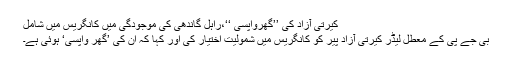
کیرتی آزاد کی ’’گھرواپسی ‘‘،راہل گاندھی کی موجودگی میں کانگریس میں شامل
بی جے پی کے معطل لیڈر کیرتی آزاد پیر کو کانگریس میں شمولیت اختیار کی اور کہا کہ ان کی ’گھر واپسی‘ ہوئی ہے۔